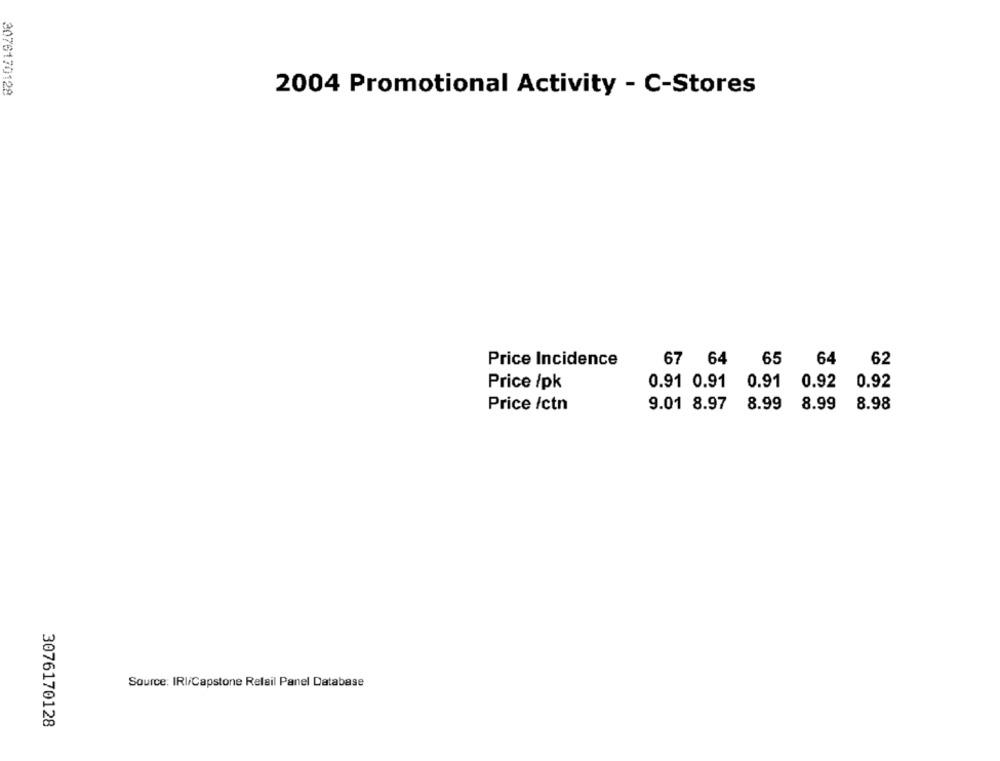
2076170128
2004 Promotional Activity - C-Stores
Price Incidence
67 64
65
64
62
Price /pk
0.91 0.91 0.91 0.92 0.92
Price /ctn
9.01 8.97 8.99 8.99 8.98
Source: IRI/Capstone Relail Panel Database
3076170128